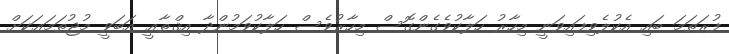
ފުރަތަމަ ބައި އެކުލެވިފައިވަނީ މިހާރު ހަލާކުވެގެންގޮސް މިހާރުވެސް ހަލާކުވަމުންދާ އިޤްޠާޢީ އަބަވީ މުޖުތަމަޢަކަށް